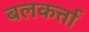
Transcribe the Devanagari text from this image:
बलकर्त्ता